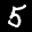
Label: 5